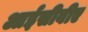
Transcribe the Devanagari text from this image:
आईसीबीए